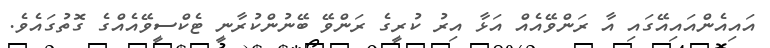
އައިއެންއައިއޭގައި އާ ރަންވޭއެއް އަޅާ އިރު ކުރީގެ ރަންވޭ ބޭނުންކުރާނީ ޓެކްސީވޭއެއްގެ ގޮތުގައެވެ.